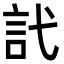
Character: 𬢜